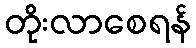
တိုးလာစေရန်